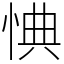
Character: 㥏